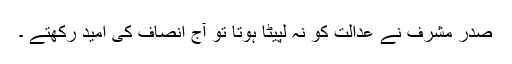
صدر مشرف نے عدالت کو نہ لپیٹا ہوتا تو آج انصاف کی امید رکھتے ۔